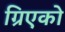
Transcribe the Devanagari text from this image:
ग्रिएको